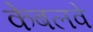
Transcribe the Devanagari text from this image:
केबलवे